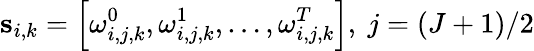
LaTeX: \textbf{s}_{i,k}=\left\lbrack{\omega_{i,j,k}^{0},\omega_{i,j,k}^{1},\ldots,\omega_{i,j,k}^{T}}\right\rbrack,~j=(J+1)/2